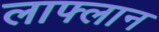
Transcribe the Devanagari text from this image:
लाफ्लान